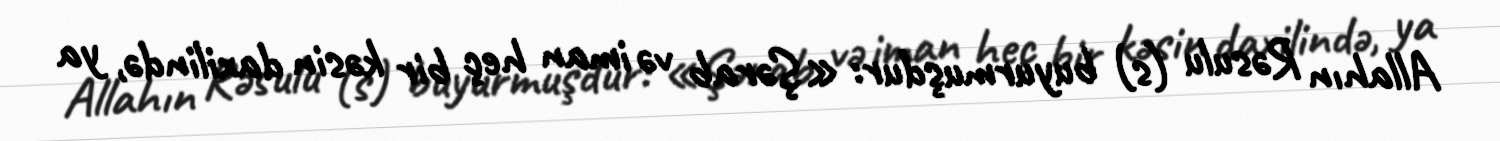
Allahın Rəsulu (s) buyurmuşdur: «Şərab və iman heç bir kəsin daxilində, ya